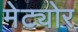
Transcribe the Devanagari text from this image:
मेट्योर